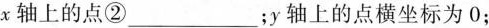
x轴上的点②___；y轴上的点横坐标为0；